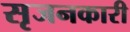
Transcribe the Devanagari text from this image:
सृजनकारी